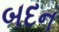
બદન